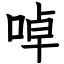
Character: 啅